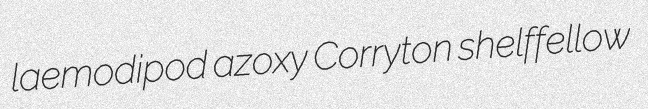
laemodipod azoxy Corryton shelffellow